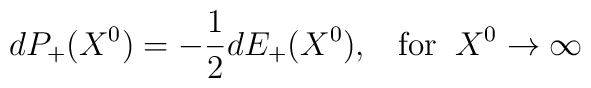
dP_+(X^0)=-\frac{1}{2}dE_+(X^0),\;\;\;\mbox{for}\;\;X^0\rightarrow\infty